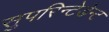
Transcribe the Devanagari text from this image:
सुपरिन्टेडेन्ट